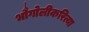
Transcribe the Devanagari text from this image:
भौगोलीकरित्या